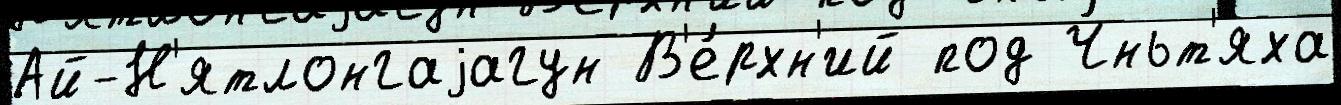
Ай-Н'ятлонгаjагун В'е́рхн'ий под Ч́ньт'яха